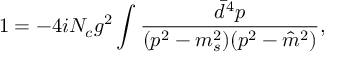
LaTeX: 1 = - 4 i N _ { c } g ^ { 2 } \int \frac { \bar { d } ^ { 4 } p } { ( p ^ { 2 } - m _ { s } ^ { 2 } ) ( p ^ { 2 } - \hat { m } ^ { 2 } ) } ,